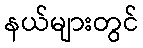
နယ်များတွင်